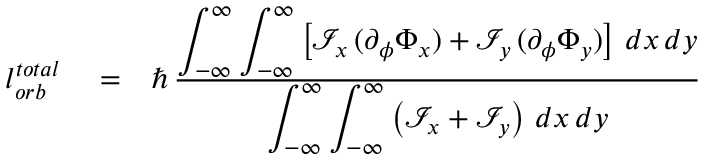
\begin{array} { r l r } { l _ { o r b } ^ { t o t a l } } & { { } = } & { \hbar \, \frac { \displaystyle \int _ { - \infty } ^ { \infty } \int _ { - \infty } ^ { \infty } \left[ \mathcal { I } _ { x } \, ( \partial _ { \phi } \Phi _ { x } ) + \mathcal { I } _ { y } \, ( \partial _ { \phi } \Phi _ { y } ) \right] \, d x \, d y } { \displaystyle \int _ { - \infty } ^ { \infty } \int _ { - \infty } ^ { \infty } \left( \mathcal { I } _ { x } + \mathcal { I } _ { y } \right) \, d x \, d y } } \end{array}